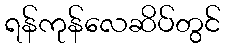
ရန်ကုန်လေဆိပ်တွင်